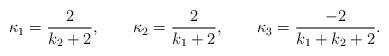
LaTeX: \begin{align*} \kappa_1 = \frac{2}{k_2 + 2},\qquad \kappa_2 = \frac{2}{k_1 + 2},\qquad \kappa_3 = \frac{-2}{k_1 + k_2 + 2}.\end{align*}